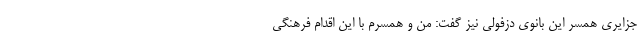
جزایری همسر این بانوی دزفولی نیز گفت: من و همسرم با این اقدام فرهنگی